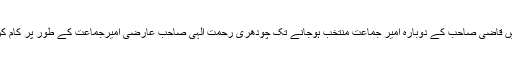
اپریل 1994ءمیں قاضی صاحب کے دوبارہ امیر جماعت منتخب ہوجانے تک چودھری رحمت الٰہی صاحب عارضی امیرجماعت کے طور پر کام کرتے رہے تھے۔